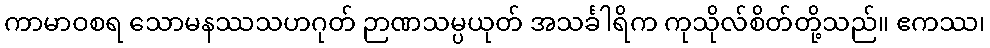
ကာမာဝစရ သောမနဿသဟဂုတ် ဉာဏသမ္ပယုတ် အသင်္ခါရိက ကုသိုလ်စိတ်တို့သည်။ ဧကဿ၊